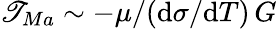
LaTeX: \mathscr{T}_{Ma}\sim-\mu/(\mathrm{{d}}\sigma/\mathrm{{d}}T)\, G